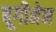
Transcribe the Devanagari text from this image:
बूगीमेन